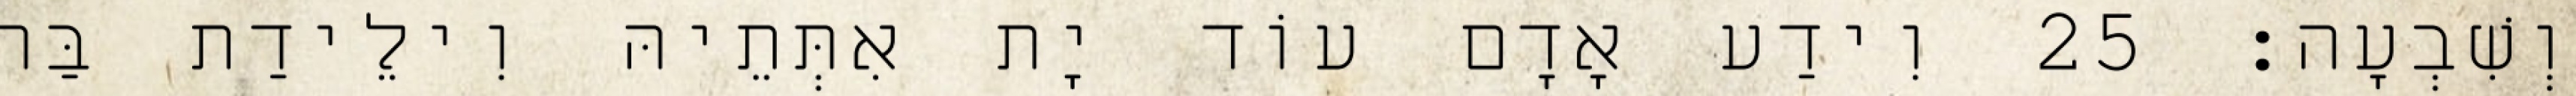
וְשִׁבְעָה׃ 25 וִידַע אָדָם עוֹד יָת אִתְּתֵיהּ וִילֵידַת בַּר